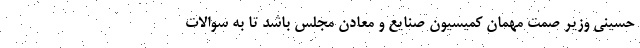
حسینی وزیر صمت مهمان کمیسیون صنایع و معادن مجلس باشد تا به سوالات